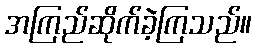
အကြည်ဆိုက်ခဲ့ကြသည်။